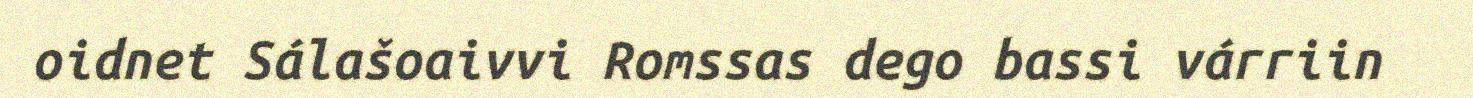
oidnet Sálašoaivvi Romssas dego bassi várriin